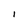
Character: i